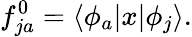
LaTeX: f_{ja}^{0}=\langle\phi_{a}|x|\phi_{j}\rangle.